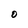
Character: O